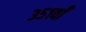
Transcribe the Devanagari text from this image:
३५१वाँ